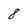
Character: 8